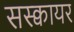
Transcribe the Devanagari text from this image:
सस्क्वायर